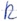
Text: R